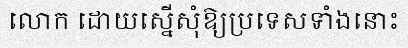
លោក ដោយស្នើសុំឱ្យប្រទេសទាំងនោះ